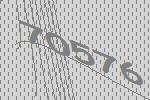
70576